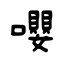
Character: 嚶